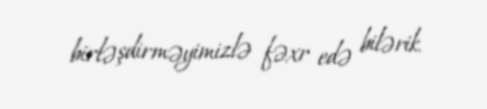
birləşdirməyimizlə fəxr edə bilərik.